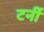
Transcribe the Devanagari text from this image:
टर्नी